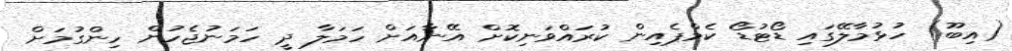
(އިބޫ) ހުޅުމާލޭގައި ޑޯޓުޑޯ ކެމްޕެއިން ކުރައްވަނިކޮށް އޭނާއަށް ހަމަލާ ދީ ހަމަނުޖެހުން ހިންގުމަށް